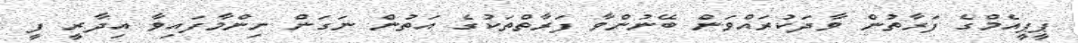
ޕީޕީއެމްގެ ފަރާތުން ވާދަކުރައްވަން ބޭނުންވާ ފަރާތްތަކުގެ އަތުން ނަގަން ނިންމާފައިވާ އިދާރީ ފީ